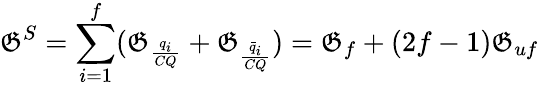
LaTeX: \mathfrak{G}^{S}=\sum_{i=1}^{f}(\mathfrak{G}_{\frac{{q_{i}}}{{CQ}}}+\mathfrak{G}_{\frac{{\bar{{q}}_{i}}}{{CQ}}})=\mathfrak{G}_{f}+(2f-1)\mathfrak{G}_{uf}